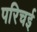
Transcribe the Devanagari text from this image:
परिचई